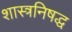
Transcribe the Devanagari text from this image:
शास्त्रनिषद्ध